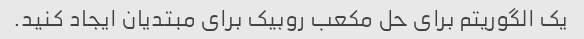
یک الگوریتم برای حل مکعب روبیک برای مبتدیان ایجاد کنید.